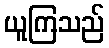
ယူကြသည်